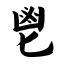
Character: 鬯